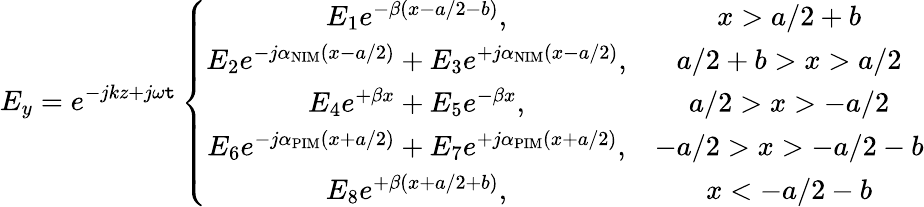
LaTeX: E_{y}=e^{-jkz+j\omega\mathtt{t}}\left\{ \begin{array}{cc}{E_{1}e^{-\beta(x-a/2-b)},}&{x>a/2+b}\\ {E_{2}e^{-j\alpha_{\mathrm{NIM}}(x-a/2)}+E_{3}e^{+j\alpha_{\mathrm{NIM}}(x-a/2)},}&{a/2+b>x>a/2}\\ {E_{4}e^{+\beta x}+E_{5}e^{-\beta x},}&{a/2>x>-a/2}\\ {E_{6}e^{-j\alpha_{\mathrm{PIM}}(x+a/2)}+E_{7}e^{+j\alpha_{\mathrm{PIM}}(x+a/2)},}&{-a/2>x>-a/2-b}\\ {E_{8}e^{+\beta(x+a/2+b)},}&{x<-a/2-b}\end{array}\right.